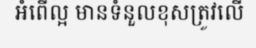
អំពើល្អ មានទំនួលខុសត្រូវលើ